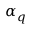
\alpha _ { q }